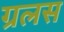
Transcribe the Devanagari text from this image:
ग्रलस